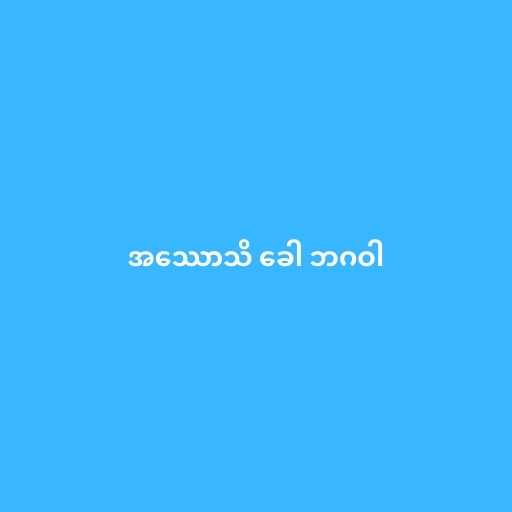
အဿောသိ ခေါ ဘဂဝါ